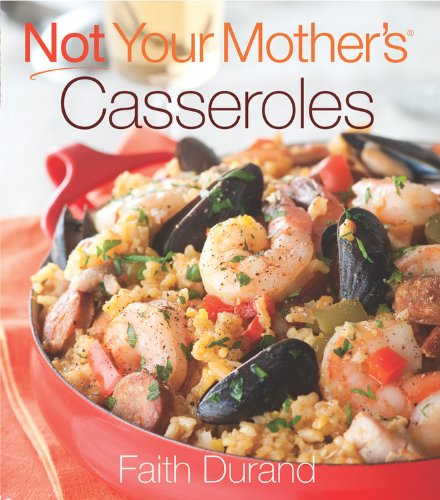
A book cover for Not Your Mother's Casseroles (NYM Series); Faith Durand; Cookbooks, Food & Wine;